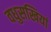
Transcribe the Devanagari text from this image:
वधुसखियां